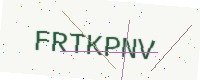
Text: FRTKPNV